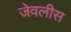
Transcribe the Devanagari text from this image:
जेवलीस